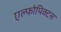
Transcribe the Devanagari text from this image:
एल्फोपिक्टस